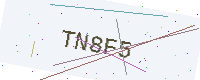
Text: TN8F5